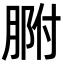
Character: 𦝗